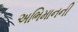
અભિમાનની